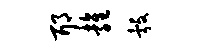
耶雍彀